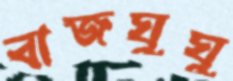
বাজঘুঘু